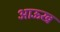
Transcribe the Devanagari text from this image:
आऊख